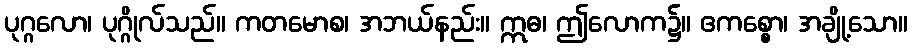
ပုဂ္ဂလော၊ ပုဂ္ဂိုလ်သည်။ ကတမောစ၊ အဘယ်နည်း။ ဣဓ၊ ဤလောက၌။ ဧကစ္စော၊ အချို့သော။